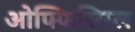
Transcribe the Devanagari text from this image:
ओफ्फिसिय्ल